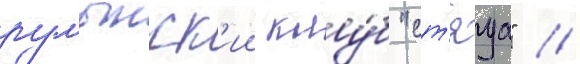
румынск'ии клу́б "ст'яуа" //